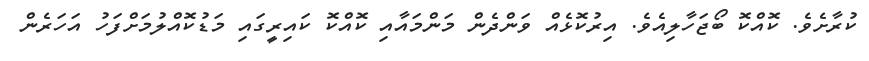
ކުރާށެވެ. ކޮއްކޮ ބޯޖަހާލިއެވެ. އިރުކޮޅެއް ވަންދެން މަންމައާއި ކޮއްކޮ ކައިރީގައި މަޑުކޮއްލުމަށްފަހު އަހަރެން